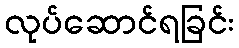
လုပ်ဆောင်ရခြင်း